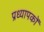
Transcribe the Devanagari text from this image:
प्रध्यापकों